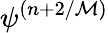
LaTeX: \psi^{(n+2/{\cal M})}